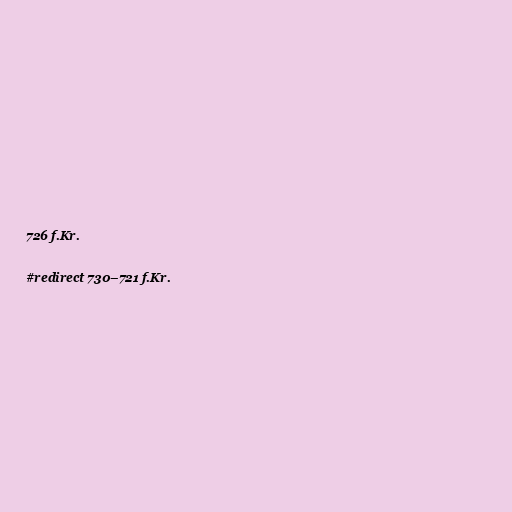
726 f.Kr.

#redirect 730–721 f.Kr.